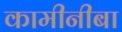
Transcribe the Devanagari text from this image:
कामीनीबा